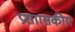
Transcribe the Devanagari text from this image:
प्रशाासकीय